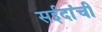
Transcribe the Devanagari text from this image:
सईदांची